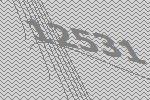
12531